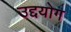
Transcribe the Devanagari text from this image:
उद्दयोग